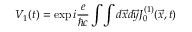
V _ { 1 } ( t ) = \exp i { \frac { e } { \hbar c } } \int \! \int d \vec { x } d \vec { y } J _ { 0 } ^ { ( 1 ) } ( \vec { x } , t )